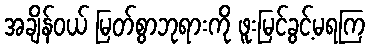
အချိန်ဝယ် မြတ်စွာဘုရားကို ဖူးမြင်ခွင့်မရကြ